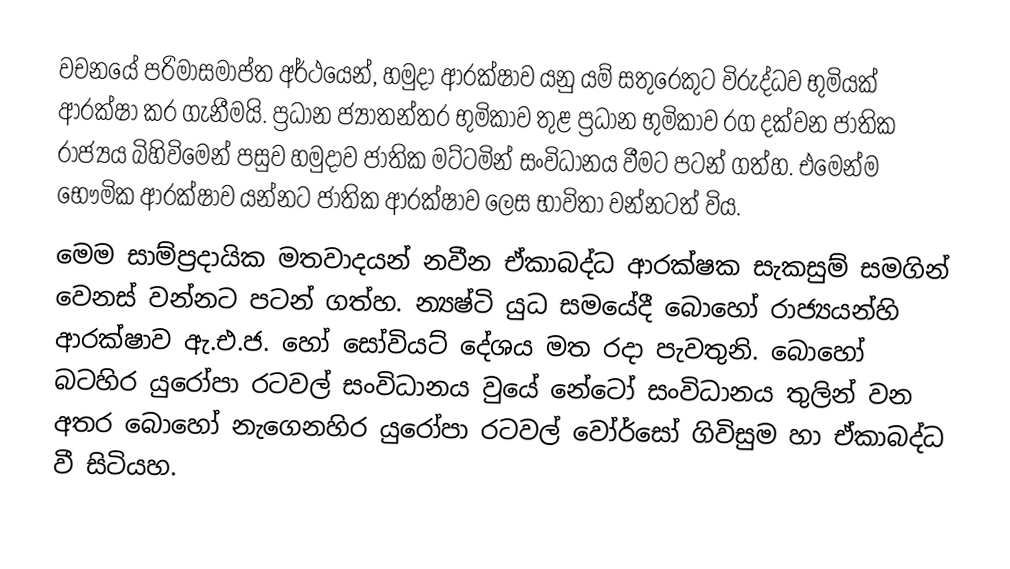
වචනයේ පරිමාසමාප්ත අර්ථයෙන්, හමුදා ආරක්ෂාව යනු යම් සතුරෙකුට විරුද්ධව භුමියක් ආරක්ෂා කර ගැනීමයි. ප්‍රධාන ජ්‍යාතන්තර භුමිකාව තුළ ප්‍රධාන භුමිකාව රග දක්වන ජාතික රාජ්‍යය බිහිවිමෙන් පසුව හමුදාව ජාතික මට්ටමින් සංවිධානය වීමට පටන් ගත්හ. එමෙන්ම  භෞමික ආරක්ෂාව  යන්නට ජාතික ආරක්ෂාව  ලෙස භාවිතා වන්නටත් විය.
මෙම සාම්ප්‍රදායික  මතවාදයන් නවීන ඒකාබද්ධ ආරක්ෂක සැකසුම් සමගින් වෙනස් වන්නට පටන් ගත්හ. න්‍යෂ්ටි යුධ සමයේදී බොහෝ රාජ්‍යයන්හි  ආරක්ෂාව ඇ.එ.ජ. හෝ සෝවියට් දේශය මත රදා පැවතුනි. බොහෝ බටහිර යුරෝපා රටවල් සංවිධානය වුයේ නේටෝ සංවිධානය තුලින් වන අතර බොහෝ නැගෙනහිර යුරෝපා රටවල් වෝර්සෝ ගිවිසුම හා ඒකාබද්ධ වී සිටියහ.